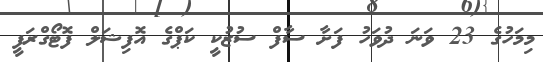
މިމަހުގެ 23 ވަނަ ދުވަހު ފަށާ ސާފް ސުޒުކީ ކަޕްގެ އޮފިޝަލް ފޮޓޯގްރަފީ